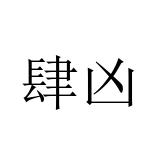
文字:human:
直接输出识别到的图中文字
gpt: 肆凶